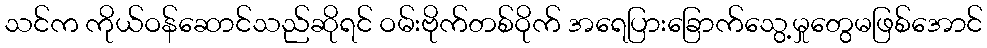
သင်က ကိုယ်ဝန်ဆောင်သည်ဆိုရင် ဝမ်းဗိုက်တစ်ဝိုက် အရေပြားခြောက်သွေ့မှုတွေမဖြစ်အောင်